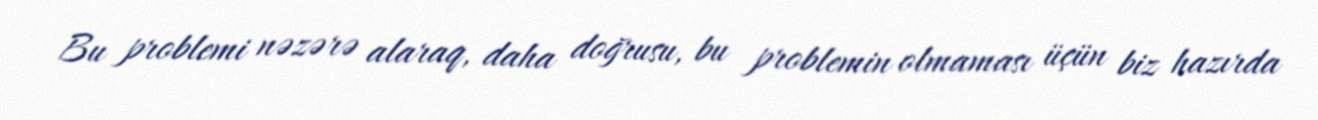
Bu problemi nəzərə alaraq, daha doğrusu, bu problemin olmaması üçün biz hazırda